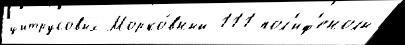
цитрусовых Морко́вный 111 пол'иф'енолы